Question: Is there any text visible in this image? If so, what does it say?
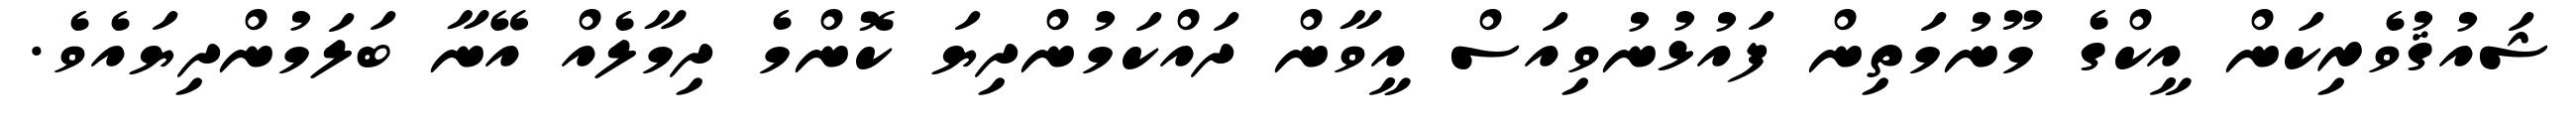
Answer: ޝައުޤުވެރިކަން އީކްގެ މޫނުމަތިން ފައުޅުނުވިއަސް އީވާން ދައްކަމުންދިޔަ ކޮންމެ ދިމާލެއް އޭނާ ބަލަމުންދިޔައެވެ.